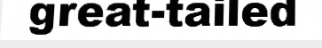
great-tailed